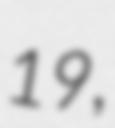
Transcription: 19,